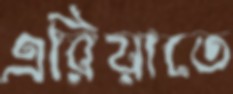
এরিয়াতে